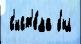
 с'ист'е́ма был